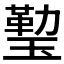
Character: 𤨙